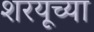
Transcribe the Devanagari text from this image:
शरयूच्या